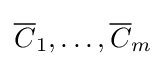
{\overline {C}}_{1},\dots ,{\overline {C}}_{m}